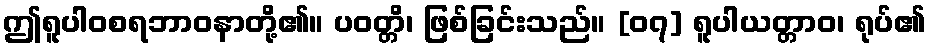
ဤရူပါဝစရဘာဝနာတို့၏။ ပဝတ္တိ၊ ဖြစ်ခြင်းသည်။ [၀၇] ရူပါယတ္တာဝ၊ ရုပ်၏